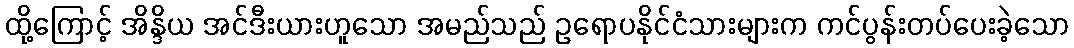
ထို့ကြောင့် အိန္ဒိယ အင်ဒီးယားဟူသော အမည်သည် ဥရောပနိုင်ငံသားများက ကင်ပွန်းတပ်ပေးခဲ့သော